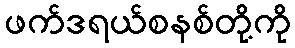
ဖက်ဒရယ်စနစ်တို့ကို